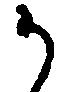
か